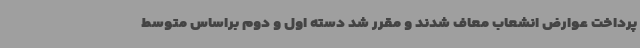
پرداخت عوارض انشعاب معاف شدند و مقرر شد دسته اول و دوم براساس متوسط